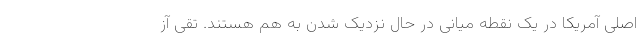
اصلی آمریکا در یک نقطه میانی در حال نزدیک شدن به هم هستند. تقی آز